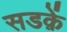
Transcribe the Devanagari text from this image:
सडक़ें